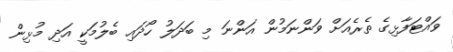
ވައްޓަފާޅިގެ ތެރެއަށް ވަންނަމުން އަންނަ މި ބަދަލު ހޯދައި ބެލުމަކީ އަދި މުޅިން